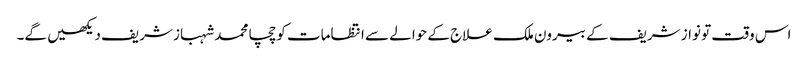
اس وقت تو نواز شریف کے بیرون ملک علاج کے حوالے سے انتظامات کو چچا محمد شہباز شریف دیکھیں گے۔